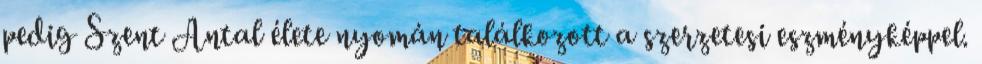
pedig Szent Antal élete nyomán találkozott a szerzetesi eszményképpel.